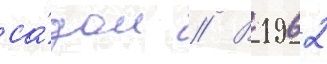
са́дом // В 1962